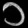
Digit: ၁